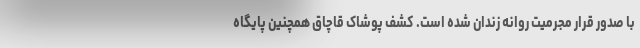
با صدور قرار مجرمیت روانه زندان شده است. کشف پوشاک قاچاق همچنین پایگاه